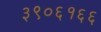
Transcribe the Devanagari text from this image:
३९०६१६६